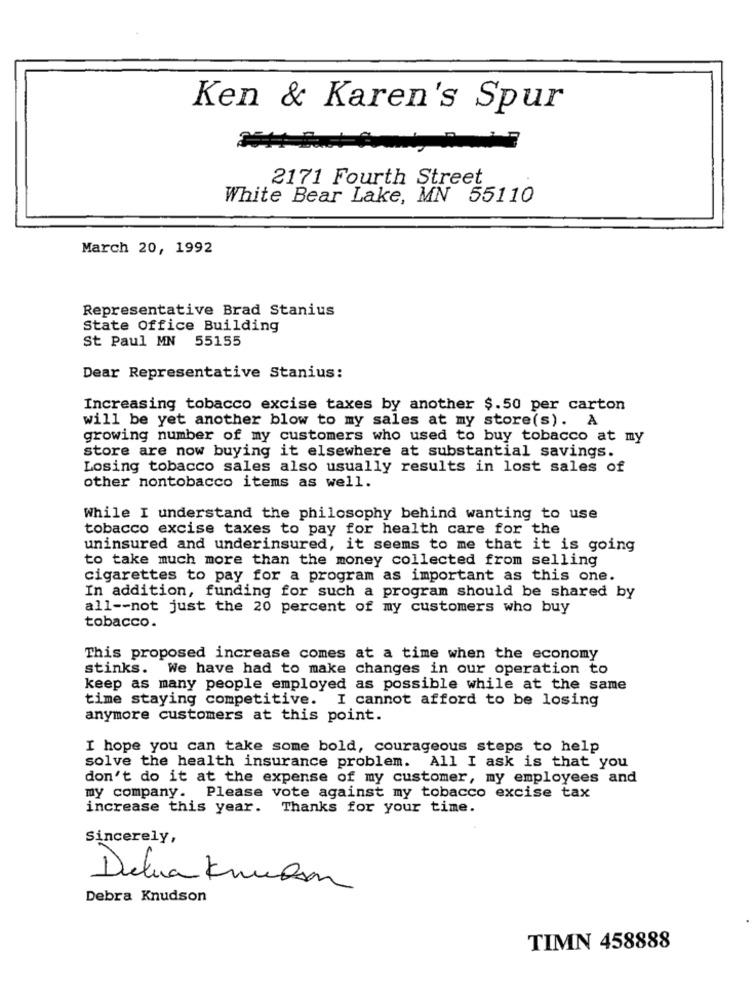
Ken & Karen's Spur
2171 Fourth Street
White Bear Lake, MN 55110
March 20, 1992
Representative Brad Stanius
State Office Building
St Paul MN 55155
Dear Representative Stanius:
Increasing tobacco excise taxes by another $.50 per carton
will be yet another blow to my sales at my store(s). A
growing number of my customers who used to buy tobacco at my
store are now buying it elsewhere at substantial savings.
Losing tobacco sales also usually results in lost sales of
other nontobacco items as well.
While I understand the philosophy behind wanting to use
tobacco excise taxes to pay for health care for the
uninsured and underinsured, it seems to me that it is going
to take much more than the money collected from selling
cigarettes to pay for a program as important as this one.
In addition, funding for such a program should be shared by
all -- not just the 20 percent of my customers who buy
tobacco.
This proposed increase comes at a time when the economy
stinks. We have had to make changes in our operation to
keep as many people employed as possible while at the same
time staying competitive. I cannot afford to be losing
anymore customers at this point.
I hope you can take some bold, courageous steps to help
solve the health insurance problem. All I ask is that you
don't do it at the expense of my customer, my employees and
my company. Please vote against my tobacco excise tax
increase this year. Thanks for your time.
Sincerely,
Delua Knucom
Debra Knudson
TIMN 458888